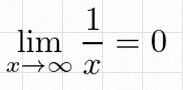
\lim_{x\to\infty}\frac{1}{x}=0